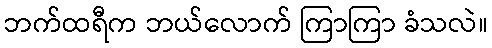
ဘက်ထရီက ဘယ်လောက် ကြာကြာ ခံသလဲ။